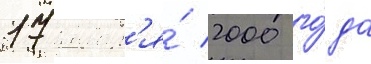
17 январ'я́ 2000 го́да